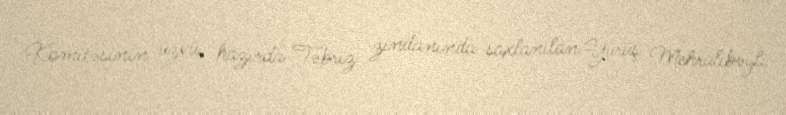
Komitəsinin üzvü, hazırda Təbriz zindanında saxlanılan Yürüş Mehralıbəyli